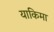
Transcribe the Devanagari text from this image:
याकिमा